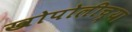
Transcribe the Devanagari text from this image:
खोपोलीच्या